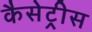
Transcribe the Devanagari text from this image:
कैसेट्रीस